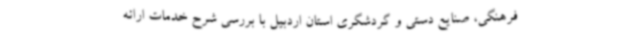
فرهنگی، صنایع دستی و گردشگری استان اردبیل با بررسی شرح خدمات ارائه